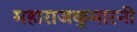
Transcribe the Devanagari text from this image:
महाराजकुमारनी